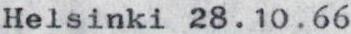
Helsinki 28.10.66